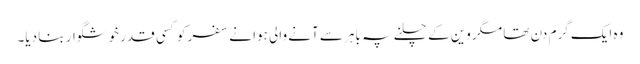
وہ ایک گرم دن تھا مگر وین کے چلنے پہ باہر سے آنے والی ہوا نے سفر کو کسی قدر خوشگوار بنا دیا۔